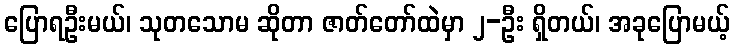
ပြောရဦးမယ်၊ သုတသောမ ဆိုတာ ဇာတ်တော်ထဲမှာ ၂-ဦး ရှိတယ်၊ အခုပြောမယ့်